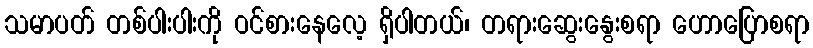
သမာပတ် တစ်ပါးပါးကို ဝင်စားနေလေ့ ရှိပါတယ်၊ တရားဆွေးနွေးစရာ ဟောပြောစရာ